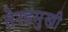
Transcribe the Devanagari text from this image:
तेरहमुखी